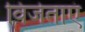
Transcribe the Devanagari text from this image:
विजेताएं